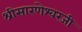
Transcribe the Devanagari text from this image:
श्रीसारणेश्वरजी